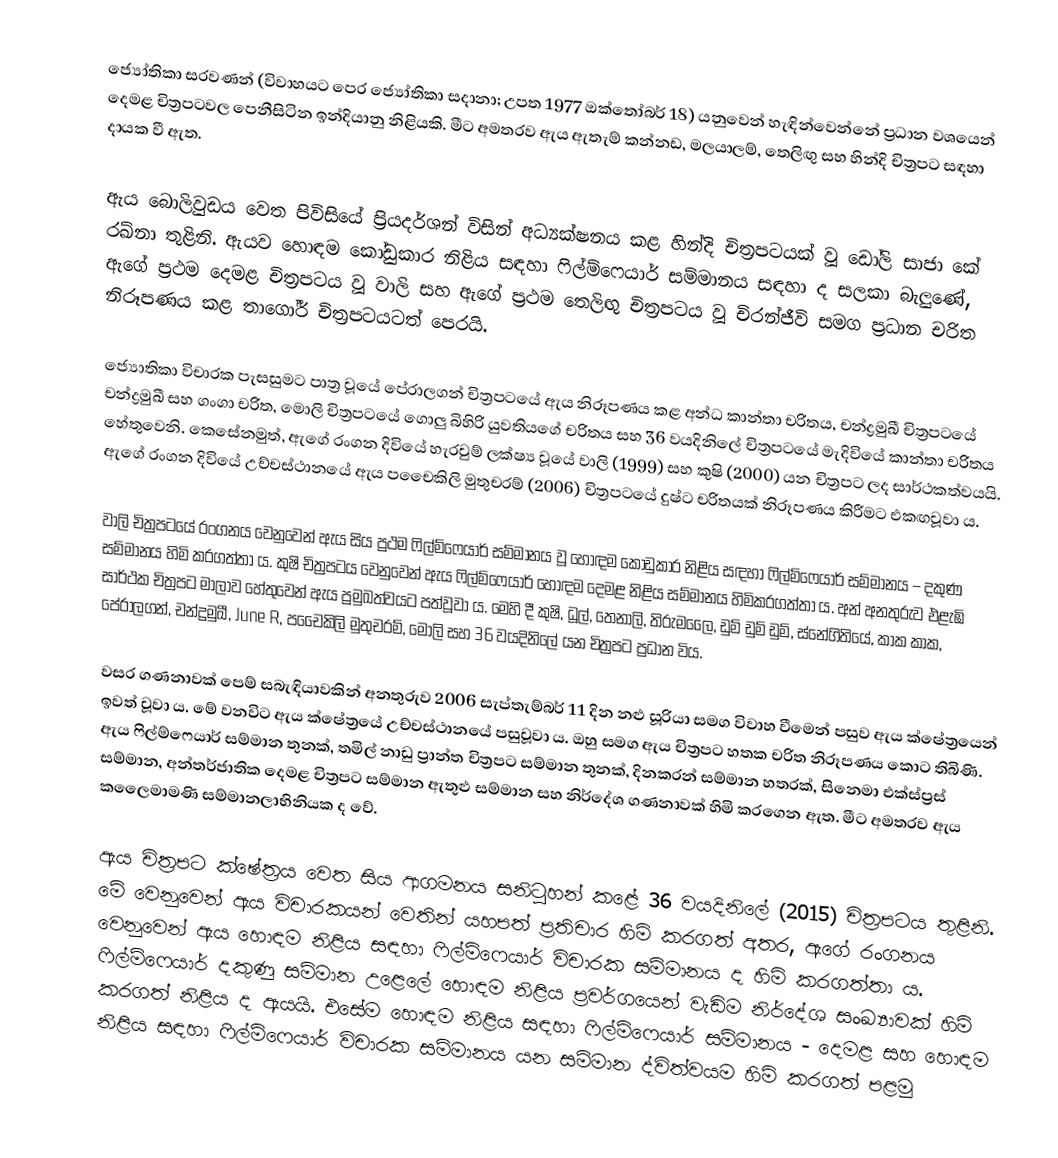
ජ්‍යෝතිකා සරවණන් (විවාහයට පෙර ජ්‍යෝතිකා සදානා; උපත 1977 ඔක්තෝබර් 18) යනුවෙන් හැඳින්වෙන්නේ ප්‍රධාන වශයෙන් දෙමළ චිත්‍රපටවල පෙනීසිටින ඉන්දියානු නිළියකි. මීට අමතරව ඇය ඇතැම් කන්නඩ, මලයාලම්, තෙලිඟු සහ හින්දි චිත්‍රපට සඳහා දායක වී ඇත.

ඇය බොලිවුඩය වෙත පිවිසියේ ප්‍රියදර්ශන් විසින් අධ්‍යක්ෂනය කළ හින්දි චිත්‍රපටයක් වූ ඩෝලි සාජා කේ රඛ්නා තුළිනි. ඇයව හොඳම කෝඩුකාර නිළිය සඳහා ෆිල්ම්ෆෙයාර් සම්මානය සඳහා ද සලකා බැලුණේ, ඇගේ ප්‍රථම දෙමළ චිත්‍රපටය වූ වාලි සහ ඇගේ ප්‍රථම තෙලිඟු චිත්‍රපටය වූ චිරන්ජීවි සමග ප්‍රධාන චරිත නිරූපණය කළ තාගෝර් චිත්‍රපටයටත් පෙරයි.

ජ්‍යොතිකා විචාරක පැසසුමට පාත්‍ර වූයේ පේරාලගන් චිත්‍රපටයේ ඇය නිරූපණය කළ අන්ධ කාන්තා චරිතය, චන්ද්‍රමුඛී චිත්‍රපටයේ චන්ද්‍රමුඛී සහ ගංගා චරිත, මොලි චිත්‍රපටයේ ගොලු බිහිරි යුවතියගේ චරිතය සහ 36 වයදිනිලේ චිත්‍රපටයේ මැදිවියේ කාන්තා චරිතය හේතුවෙනි. කෙසේනමුත්, ඇගේ රංගන දිවියේ හැරවුම් ලක්ෂ්‍ය වූයේ වාලි (1999) සහ කුෂි (2000) යන චිත්‍රපට ලද සාර්ථකත්වයයි. ඇගේ රංගන දිවියේ උච්චස්ථානයේ ඇය පචෛකිලි මුතුචරම් (2006) චිත්‍රපටයේ දුෂ්ට චරිතයක් නිරූපණය කිරීමට එකඟවූවා ය.

වාලි චිත්‍රපටයේ රංගනය වෙනුවෙන් ඇය සිය ප්‍රථම ෆිල්ම්ෆෙයාර් සම්මානය වූ  හොඳම කෝඩුකාර නිළිය සඳහා ෆිල්ම්ෆෙයාර් සම්මානය – දකුණ සම්මානය හිමි කරගත්තා ය. කුෂි චිත්‍රපටය වෙනුවෙන් ඇය ෆිල්ම්ෆෙයාර් හොඳම දෙමළ නිළිය සම්මානය හිමිකරගත්තා ය. අන් අනතුරුව එළැඹි සාර්ථක චිත්‍රපට මාලාව හේතුවෙන් ඇය ප්‍රමුඛත්වයට පත්වූවා ය. මෙහි දී කුෂි, ධූල්,  තෙනාලි, තිරුමලෛ, ඩුම් ඩුම් ඩුම්, ස්නේගිතියේ, කාක කාක, පේරාලගන්, චන්ද්‍රමුඛී, June R, පචෛකිලි මුතුචරම්, මොලි සහ 36 වයදිනිලේ යන චිත්‍රපට ප්‍රධාන විය.

වසර ගණනාවක් පෙම් සබැඳියාවකින් අනතුරුව 2006 සැප්තැම්බර් 11 දින නළු සූරියා සමග විවාහ වීමෙන් පසුව ඇය ක්ෂේත්‍රයෙන් ඉවත් වූවා ය. මේ වනවිට ඇය ක්ෂේත්‍රයේ උච්චස්ථානයේ පසුවූවා ය. ඔහු සමග ඇය චිත්‍රපට හතක චරිත නිරූපණය කොට තිබිණි. ඇය ෆිල්ම්ෆෙයාර් සම්මාන තුනක්, තමිල් නාඩු ප්‍රාන්ත චිත්‍රපට සම්මාන තුනක්, දිනකරන් සම්මාන හතරක්, සිනෙමා එක්ස්ප්‍රස් සම්මාන, අන්තර්ජාතික දෙමළ චිත්‍රපට සම්මාන ඇතුළු සම්මාන සහ නිර්දේශ ගණනාවක් හිමි කරගෙන ඇත. මීට අමතරව ඇය කලෛමාමණි සම්මානලාභිනියක ද වේ.

ඇය චිත්‍රපට ක්ෂේත්‍රය වෙත සිය ආගමනය සනිටුහන් කළේ 36 වයදිනිලේ (2015) චිත්‍රපටය තුළිනි. මේ වෙනුවෙන් ඇය විචාරකයන් වෙතින් යහපත් ප්‍රතිචාර හිමි කරගත් අතර, ඇගේ රංගනය වෙනුවෙන් ඇය හොඳම නිළිය සඳහා ෆිල්ම්ෆෙයාර් විචාරක සම්මානය ද හිමි කරගත්තා ය‍. ෆිල්ම්ෆෙයාර් දකුණු සම්මාන උළෙලේ හොඳම නිළිය ප්‍රවර්ගයෙන් වැඩිම නිර්දේශ සංඛ්‍යාවක් හිමි කරගත් නිළිය ද ඇයයි. එසේම හොඳම නිළිය සඳහා ෆිල්ම්ෆෙයාර් සම්මානය - දෙමළ සහ හොඳම නිළිය සඳහා ෆිල්ම්ෆෙයාර් විචාරක සම්මානය යන සම්මාන ද්විත්වයම හිමි කරගත් පළමු